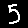
Digit: 5